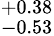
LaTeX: _{-0.53}^{+0.38}